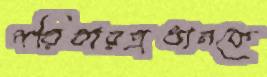
পরিবারপ্রধানকে